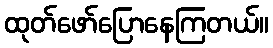
ထုတ်ဖော်ပြောနေကြတယ်။